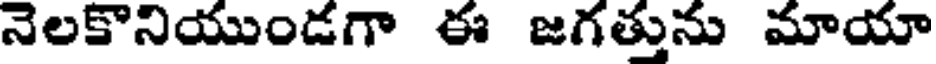
నెలకొనియుండగా ఈ జగత్తును మాయా